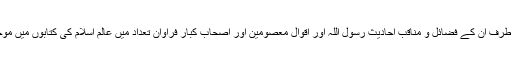
دوسری طرف ان کے فضائل و مناقب احادیث رسول اللہ اور اقوال معصومین اور اصحاب کبار فراوان تعداد میں عالم اسلام کی کتابوں میں موجود ہیں ۔